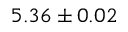
5 . 3 6 \pm 0 . 0 2